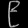
Digit: ၉